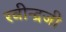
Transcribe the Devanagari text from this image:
रवीन्द्रजी